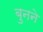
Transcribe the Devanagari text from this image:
बुुनने